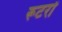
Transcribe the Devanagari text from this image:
रूटरों